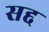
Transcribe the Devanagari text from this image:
सद्द